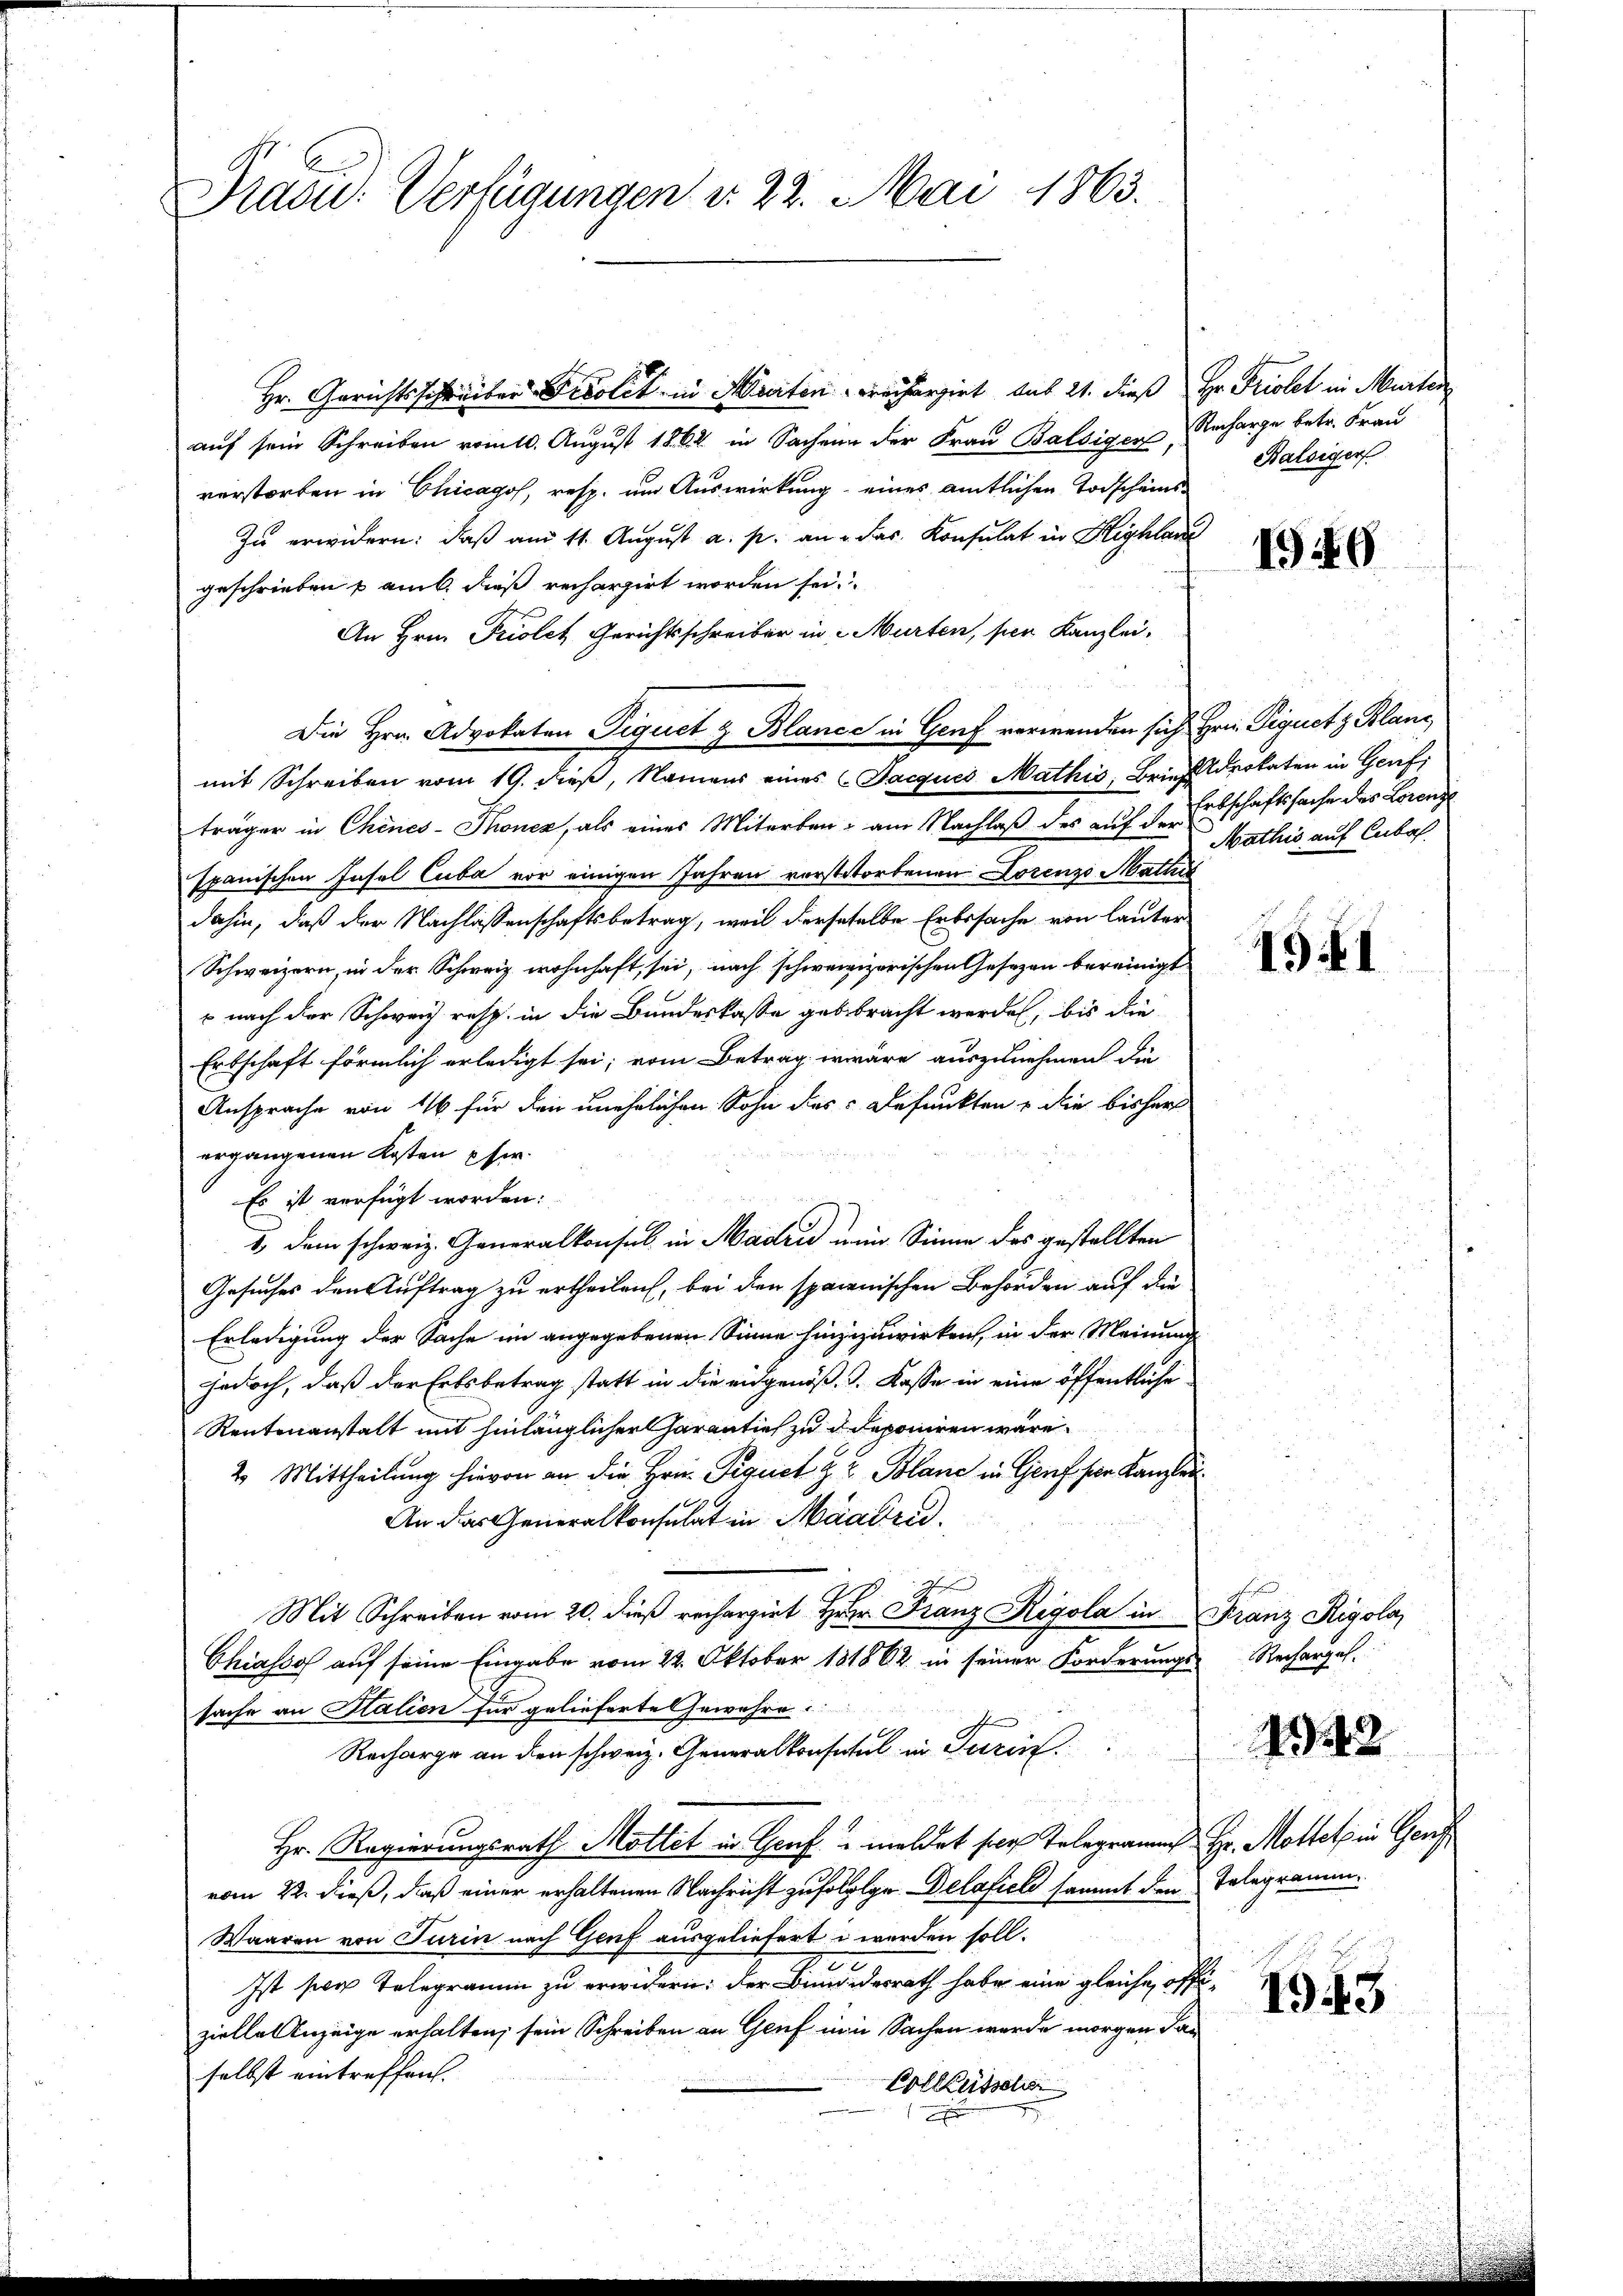
Prasid. Verfügungen v. 22. Mai 1863.

Hr. Gerichtsschreiber Frolik in Aleerten Freiherziert aus 21. dieß Hr. Fristet in Murten
auf sein Schreiben vom 10. August 1862 in Sachein der Frau Balbiger Recharge betr. Frau
verstorben in Chicagos, resp. um Auswirkung eines amtlichen Todscheins¬
In erwidern: daß am 11. August a. p. an u das Konsulat in Highlan
geschrieben & amb. dieß rechargirt worden sei.
An Hrn. Priolet Gerichtsschreiber in Murten, ser Kanzlei-
Die Hrn. Advokaten Sequet & Blance in Genf verwenden sich Hrn. Piquet z Blanc
mit Schreiben vom 19. dieß, Namens eines Jacques Mathis, Brief Advokaten in Genf,
träger in Chines-Thonen, als eines Miterben - am Nachlaß des auf ds Erbschaftssache des Lorenz
Ipanischen Insel Cuba vor einigen Jahren vorstatortenen Lorenzo Mathis
dahin, daß der Nachlassenschaftsbetrag, weil derseselbe Erbssache von lauter
Schweizern, in der Schweiz wohnhaft, sei, nach schweizerischen Gesezen bereinigt
 nach der Schweiz resp. in die Bundeskasse gebebracht werden, bis die
Erbschaft förmlich erledigt sei; vom Betrag erwäre auszunehmen die
Ansprache von 16 für den unehelichen Sohn des Befunkten & die bisher
ergangenen Kosten phi
Es ist verfügt worden:
 dem schweiz. Generalkonsul in Madrid ein Sinne des gestellten
Gesuches den Auftrag zu ertheilen, bei den sparenischen Behörden auf die
Erledigung der Sache im angegebenen Sinne hinzuwirken, in der Meinung
jedoch, daß der Erbsbetrag statt in die eidgenöß.. Kasse in eine öffentliche
Rentenanstalt mit hinlänglicher Garantief zu deponiren wäre.
2. Mittheilung hievon an die Hrn. Pequet zu Blanc in Genf für Kanzlei¬
An das Generalkonsulat in Maaden.
)
Mit Schreiben vom 20. dieß rechargirt Herr Franz Rigola in Franz Rigola
Chiasso auf seine Eingabe vom 22. Oktober 181864 in seiner Forderungs-Recharges.
sache an Halien für gelieferte Gewähre
Recharge an den schweiz. Generalkonsutul in Turin.
Hr. Regierungsrath Mottet in Genf u meldet sich Telegrammes Hr. Mottet in Genf
vom 22. dieß, daß einer erhaltenen Nachricht zufolglige Delafiele sammt den Telegramm¬
Waaren von Turin nach Genf ausgeliefert werden soll.
Ist per Telegramm zu erwidern: der Bindesrath habe eine gleiche offi-
zielle Anzeige erhalten, sein Schreiben an Genf von Sachen werde morgen dan
selbst eintreffen.
Colletschen
x

Balsiger

1949

Mathis auf Cubal

491

4342

1943